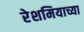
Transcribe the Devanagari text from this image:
रेशमियाच्या